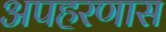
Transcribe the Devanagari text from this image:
अपहरणास